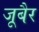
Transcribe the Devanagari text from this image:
जूबैर